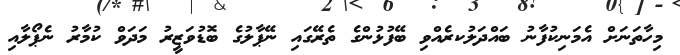
މިހާތަނަށް އެމަނިކުފާނު ބައްދަލުކރެއްވި ބޭފުޅުންގެ ތެރޭގައި ނޭޕާލުގެ ބޮޑުވަޒީރު މަދަވް ކުމާރު ނެޕޯލާއި